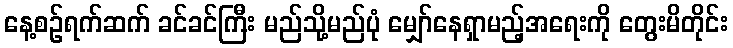
နေ့စဉ်ရက်ဆက် ခင်ခင်ကြီး မည်သို့မည်ပုံ မျှော်နေရှာမည့်အရေးကို တွေးမိတိုင်း